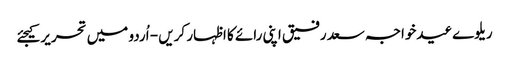
ریلوےعیدخواجہ سعد رفیق اپنی رائے کا اظہار کریں - اُردو میں تحریر کیجئے